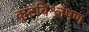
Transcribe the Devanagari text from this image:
कूटविश्लेषण